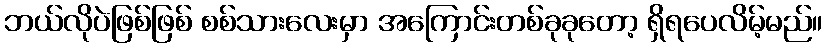
ဘယ်လိုပဲဖြစ်ဖြစ် စစ်သားလေးမှာ အကြောင်းတစ်ခုခုတော့ ရှိရပေလိမ့်မည်။